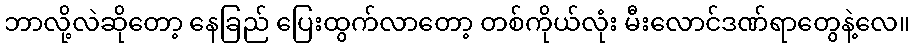
ဘာလို့လဲဆိုတော့ နေခြည် ပြေးထွက်လာတော့ တစ်ကိုယ်လုံး မီးလောင်ဒဏ်ရာတွေနဲ့လေ။